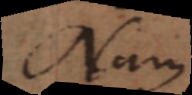
Nam